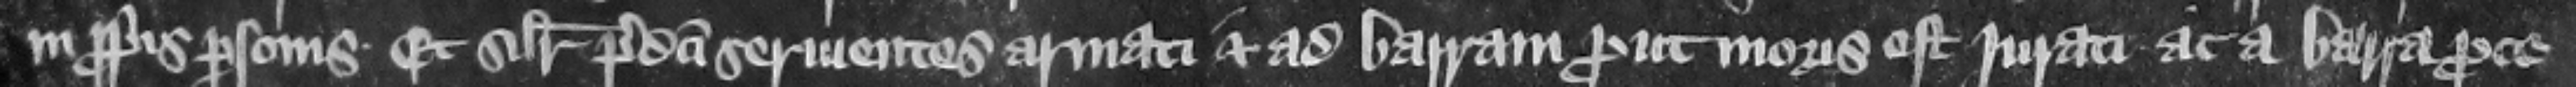
in propriis personis et similiter predicti seruientes armati. Et ad barram prout moris est jurati ac a barra proce